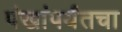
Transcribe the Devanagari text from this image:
पंखांपर्यंतचा